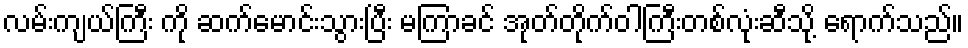
လမ်းကျယ်ကြီး ကို ဆက်မောင်းသွားပြီး မကြာခင် အုတ်တိုက်ဝါကြီးတစ်လုံးဆီသို့ ရောက်သည်။